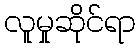
လူမှုဆိုင်ရာ